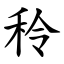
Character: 秢